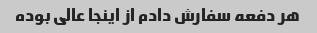
هر دفعه سفارش دادم از اینجا عالی بوده